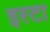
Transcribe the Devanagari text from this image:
इस्टा